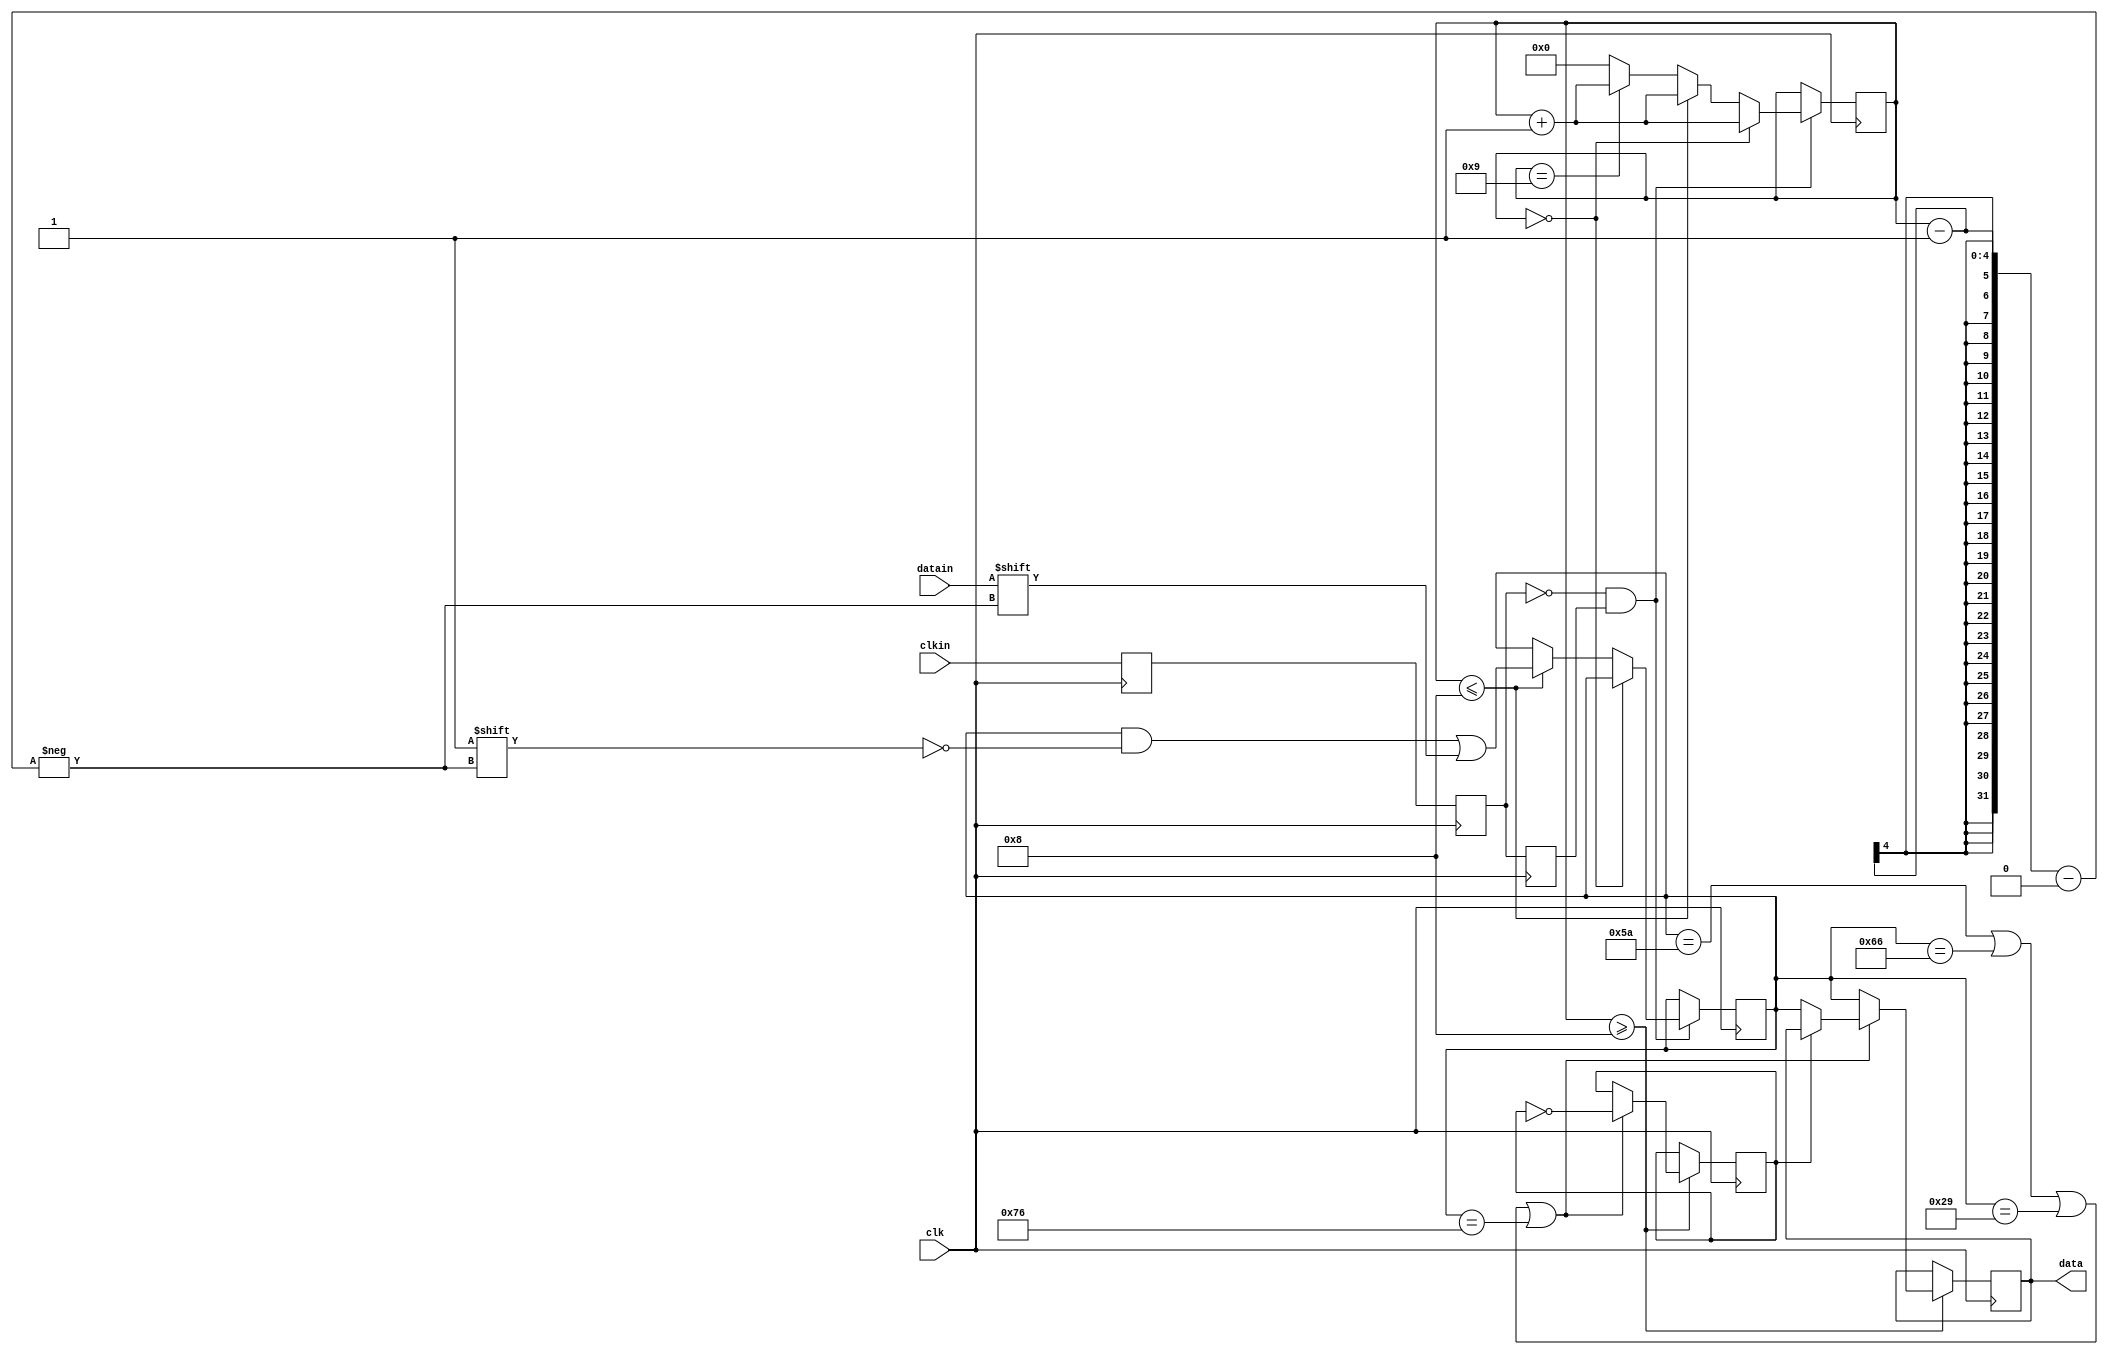
`timescale 1ns / 1ps

module Keyboard_Input(
    input clk,
    input clkin,
    input datain,
    output reg[7:0] data

    );
    reg[7:0] store;
    reg[1:0] clk_judge;
    reg[7:0] datatemp, datafull;
    wire clk_negedge;
    //get negedge
    reg ps2_clk0, ps2_clk1, ps2_clk2;
    wire ps2_clk_neg;  //negedge
    reg ps2_state;
    initial begin 
        datatemp = 0; 
    end
    always @ (posedge clk) begin
        ps2_clk0 <= clkin;
        ps2_clk1 <= ps2_clk0;
        ps2_clk2 <= ps2_clk1;
    end

    assign ps2_clk_neg = ~ps2_clk1 & ps2_clk2;
    reg [3:0]num;  

    always @ (posedge clk) begin
        if (ps2_clk_neg)begin
                if (num == 0) num <= num + 1'b1;//skip the first number
                else if (num <= 8)              
                    begin
                        num <= num + 1'b1;
                        datatemp[num - 1] <= datain;
                    end
                else if (num == 9) num <= num + 1'b1;//skip the check number
                else  num <= 4'd0;
            end
    end
    
    reg cnt;
    initial cnt = 0;
    parameter ENTER = 8'h5A;
    parameter BACK = 8'h66;
    parameter SPACE = 8'h29;
    parameter ESC = 8'h76;
    always@(posedge clk)begin
        if(num >= 8) begin
            if(datatemp == ENTER || datatemp == BACK || 
               datatemp == SPACE || datatemp == ESC) begin
                cnt = ~cnt;
                if(cnt) data <= datatemp;
            end
            else data <= datatemp;
        end
    end
endmodule